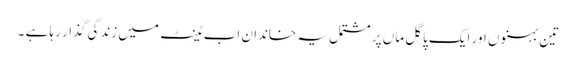
تین بہنوں اور ایک پاگل ماں پر مشتمل یہ خاندان اب ٹینٹ میں زندگی گذار رہا ہے ۔